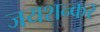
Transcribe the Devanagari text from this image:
जयशन्कर